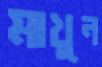
মাখুন